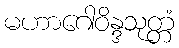
မဟာဂေါဝိန္ဒသုတ္တံ